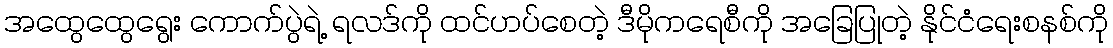
အထွေထွေရွေး ကောက်ပွဲရဲ့ ရလဒ်ကို ထင်ဟပ်စေတဲ့ ဒီမိုကရေစီကို အခြေပြုတဲ့ နိုင်ငံရေးစနစ်ကို